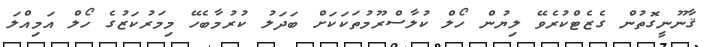
ޤާނޫނީގޮތުން ގެޒެޓްކުރެވޭ ލިޔުން ހޯލް ކުލާސްރޫމުތަކަކަށް ބަދަލު ކުރުމާބެހޭ މިމަރުކަޒުގެ ހޯލް އަމިއްލަ